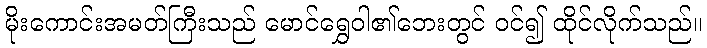
မိုးကောင်းအမတ်ကြီးသည် မောင်ရွှေဝါ၏ဘေးတွင် ဝင်၍ ထိုင်လိုက်သည်။